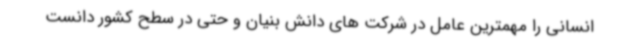
انسانی را مهمترین عامل در شرکت های دانش بنیان و حتی در سطح کشور دانست